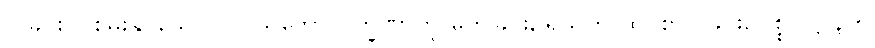
ပြုခြင်းငှါ စွမ်းနိုင်သော။ ဝါ၊ သဘောလက္ခဏာကို မှတ်ခြင်း, ရသကို ထင်စွာပြုခြင်း, ပစ္စုပဋ္ဌာန်ကို